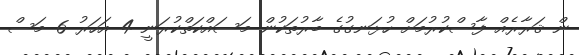
ން ޤަރާރެއް ފާސްކުރުމަށް ހުޅަނގުގެ ބާރުތަކުން މަސައްކަތްކުރަނީ 4 އަހަރު 6 މަސް